Indian journal of veterinary science and animal husbandry - Volumes 18-21, 1948-1951
Year: 1948
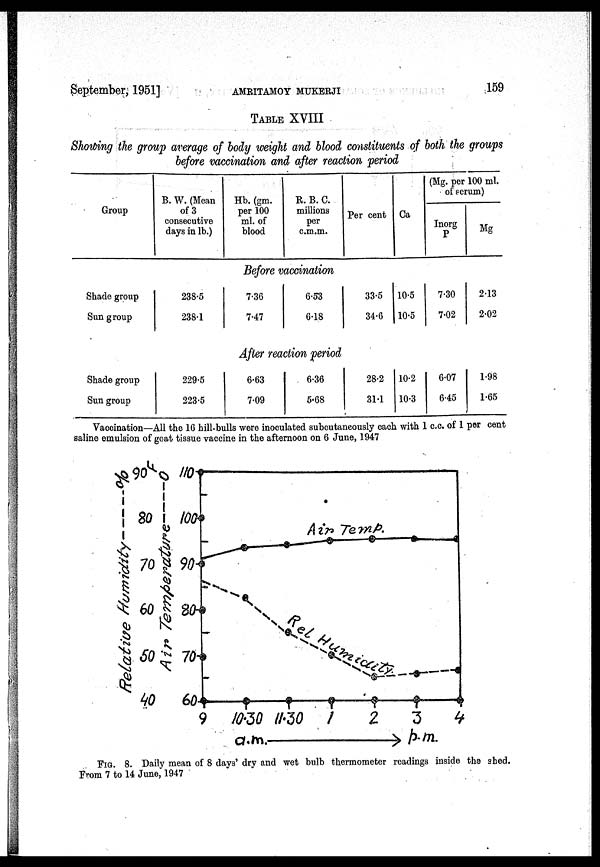
September, 1951]
AMRITAMOY
MUKHERJI
159
TABLE XVIII
Showing the group average of body weight and blood constituents of both the groups
before vaccination and after reaction period
Group
B. W. (Mean
of 3
consecutive
days in lb.)
Hb. (gm.
per 100
ml. of
blood
R. B. C.
millions
per
c.m.m.
Per cent Ca
(Mg. per 100 ml.
of serum)
Inorg
P
Mg
Before vaccination
Shade group
Sun group
238.5
2381
7.36
7.47
6.53
0.18
33.5
34.6
10.5
10.5
7.30
7.02
2.13
2.02
After reaction period
Shade group
Sun group
229.5
223.5
6.63
7.09
6.36
5.68
28.2
31.1
10.2
10.3
6.07
6.45
1.98
1.65
Vaccination—All the 16 hill-bulls were inoculated subcutaneously each with 1 c.c. of 1 per cent
saline emulsion of goat tissue vaccine in the afternoon on 6 June, 1947
FIG. 8. Daily mean of 8 days' dry and wet bulb thermometer readings inside the shed.
From 7 to 14 June, 1947